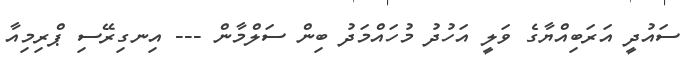
ސައުދީ އަރަބިއްޔާގެ ވަލީ އަހުދު މުހައްމަދު ބިން ސަލްމާން --- އިނގިރޭސި ޕްރިމިއާ